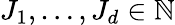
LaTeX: J_{1},\dots,J_{d}\in\mathbb{N}